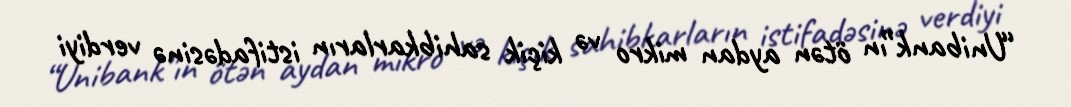
“Unibank”ın ötən aydan mikro və kiçik sahibkarların istifadəsinə verdiyi